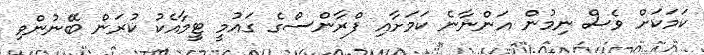
ކަމަކަށް ވެސް ނިމުން އަންނާނެ ކަމަށާއި ފްރާންސްގެ ގައުމީ ޓީމާއެކު ކުރަން ބޭނުންވި